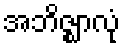
အဘိဇ္ဈာလုံ